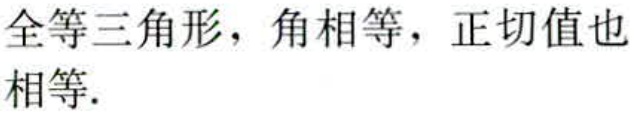
全等三角形，角相等，正切值也相等.